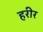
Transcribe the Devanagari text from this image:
हरीर